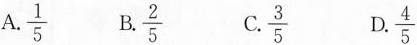
A.\frac{1}{5} B.\frac{2}{5} C.\frac{3}{5} D.\frac{4}{5}